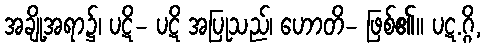
အချို့အရာ၌၊ ပဋိ- ပဋိ အပြုသည်၊ ဟောတိ- ဖြစ်၏။ ပဋ.ဂ္ဂိ,